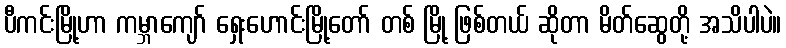
ပီကင်းမြို့ဟာ ကမ္ဘာကျော် ရှေးဟောင်းမြို့တော် တစ် မြို့ ဖြစ်တယ် ဆိုတာ မိတ်ဆွေတို့ အသိပါပဲ။